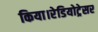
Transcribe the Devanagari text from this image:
किया।रेडियोट्रेसर